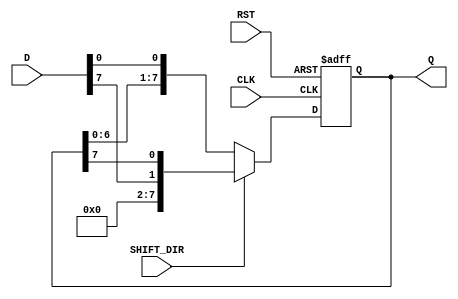
module ShiftRegister #(
    parameter N = 8 // Width of the shift register (number of bits)
)(
    input wire [N-1:0] D,           // Data input
    input wire CLK,                 // Clock input
    input wire RST,                 // Asynchronous reset
    input wire SHIFT_DIR,           // Shift direction (0 for left, 1 for right)
    output reg [N-1:0] Q            // Data output
);

    // Always block triggered on the rising edge of the clock or asynchronous reset
    always @(posedge CLK or posedge RST) begin
        if (RST) begin
            // Reset the shift register
            Q <= {N{1'b0}}; // Reset all bits to 0
        end else begin
            // Shift operation
            if (SHIFT_DIR) begin
                // Right shift
                Q <= {D[N-1], Q[N-1:N-1]}; // Load D into MSB, shift right
            end else begin
                // Left shift
                Q <= {Q[N-2:0], D[0]}; // Shift left and load D into LSB
            end
        end
    end

endmodule